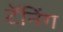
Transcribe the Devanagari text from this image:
टॅनिंग